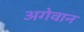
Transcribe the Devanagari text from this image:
अगेवान